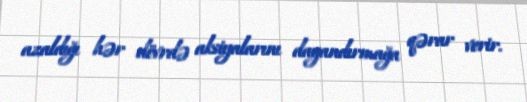
azaldığı hər dövrdə aksiyalarını dayandırmağa qərar verir.